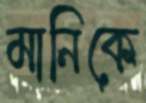
মানিকে